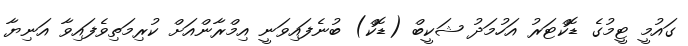
ގައުމީ ޓީމުުގެ ޑޮކްޓަރު އަހުމަދު ޝަކީބް (ޑޮކް) ބުނެފައިވަނީ އިމްރާންއަށް ކުރިމަތިވެފައިވާ އަނިޔާ